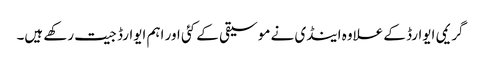
گریمی ایوارڈ کے علاوہ اینڈی نے موسیقی کے کئی اور اہم ایوارڈ جیت رکھے ہیں۔